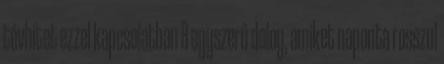
tévhitet ezzel kapcsolatban 8 egyszerű dolog, amiket naponta rosszul